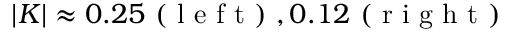
| K | \approx 0 . 2 5 \mathrm { ~ ( ~ l ~ e ~ f ~ t ~ ) ~ } , 0 . 1 2 \mathrm { ~ ( ~ r ~ i ~ g ~ h ~ t ~ ) ~ }